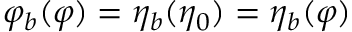
\varphi _ { b } ( \varphi ) = \eta _ { b } ( \eta _ { 0 } ) = \eta _ { b } ( \varphi )